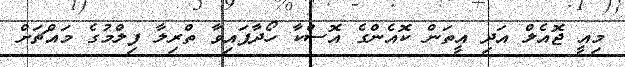
މިއީ ޖޮއެލް އަދި އީތަން ކޮއެންގެ އޮސްކާ ހޯދާފައިވާ ތްރިލާ ފިލްމުގެ މައްޗަށް